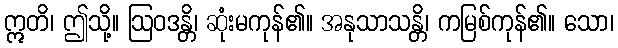
ဣတိ၊ ဤသို့။ ဩဝဒန္တိ၊ ဆုံးမကုန်၏။ အနုသာသန္တိ၊ ကမြစ်ကုန်၏။ သော၊